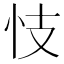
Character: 忮